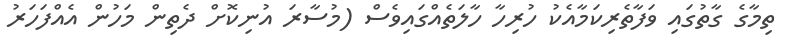
ތިމާގެ ގާތުގައި ވަފާތެރިކަމާއެކު ހުރިހާ ހާލަތެއްގައިވެސް (މުސާރަ އުނިކޮށް ދެތިން މަހުން އެއްފަހަރު